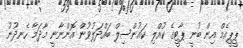
ޕީޕީއެމް އިން ބުނީ ޕާޓީގެ ކުއްލި ކައުންސިލް ބައްދަލުވުން އޮންނާނީ މާދަމާ ހެނދުނު